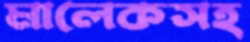
মালেকসহ